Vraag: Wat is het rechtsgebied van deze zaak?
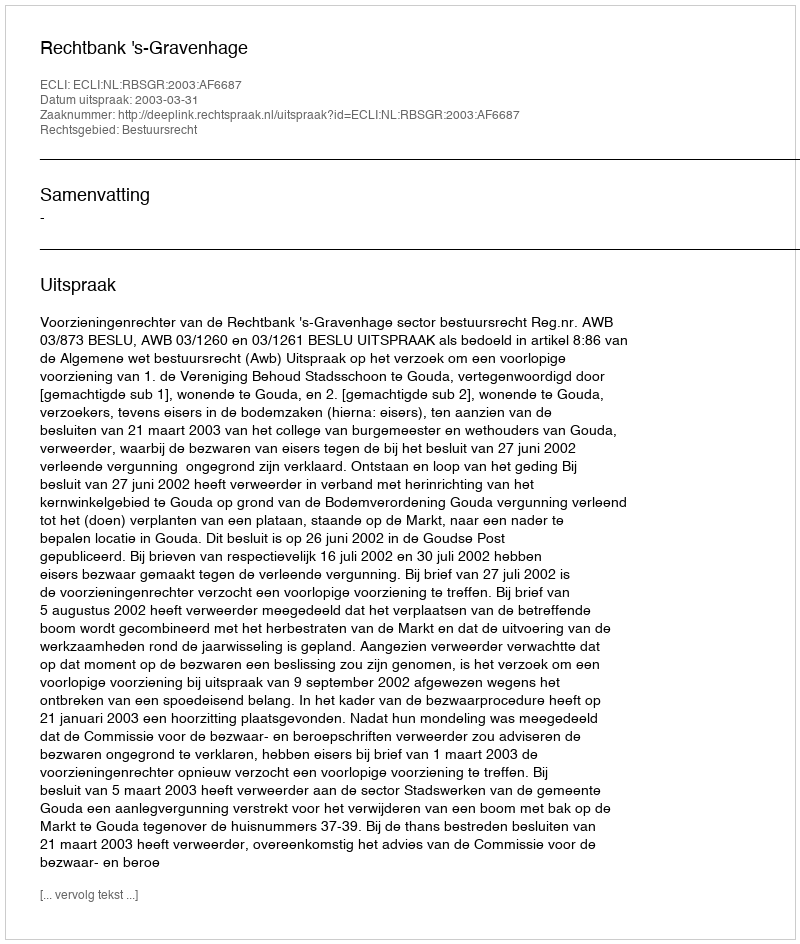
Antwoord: Bestuursrecht